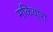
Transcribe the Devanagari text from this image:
मकिवारा